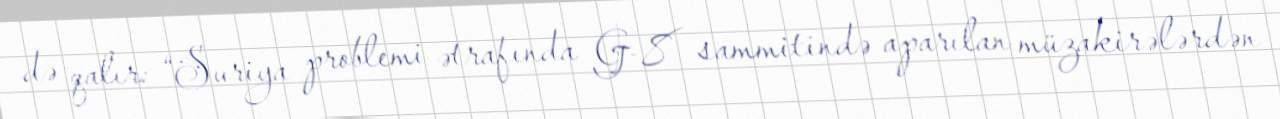
də qalır: “Suriya problemi ətrafında G-8 sammitində aparılan müzakirələrdən